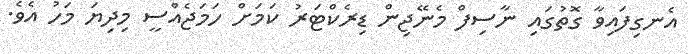
އެނގިފައިވާ ގޮތުގައި ނާސިފް މެނޭޖިން ޑިރެކްޓަރު ކަމަށް ހަމަޖެއްސީ މިދިޔަ މަހު އެވެ.